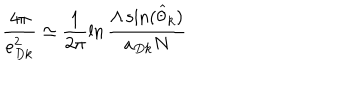
\frac { 4 \pi } { e _ { D k } ^ { 2 } } \simeq \frac { 1 } { 2 \pi } \ln \frac { \Lambda \sin ( \widehat { \theta } _ { k } ) } { a _ { D k } N }